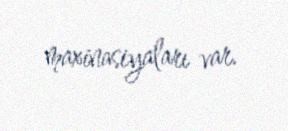
maxinasiyaları var.